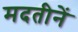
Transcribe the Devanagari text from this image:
मदतीनें